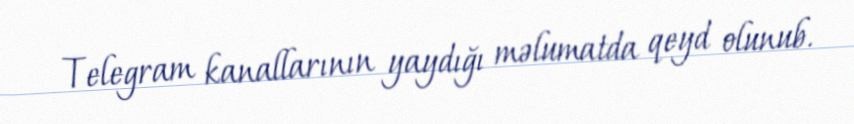
Telegram kanallarının yaydığı məlumatda qeyd olunub.